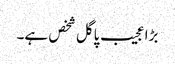
بڑا عجیب پاگل شخص ہے۔